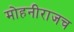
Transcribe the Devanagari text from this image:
मोहनीराजच